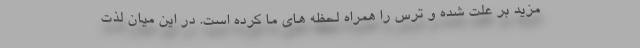
مزید بر علت شده و ترس را همراه لحظه های ما کرده است. در این میان لذت